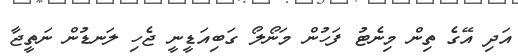
އަދި އޭގެ ތިން މިނެޓު ފަހުން މަނޯލޯ ގަބިއަޑީނީ ޖެހި ލަނޑުން ނަތީޖާ